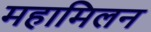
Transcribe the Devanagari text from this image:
महामिलन